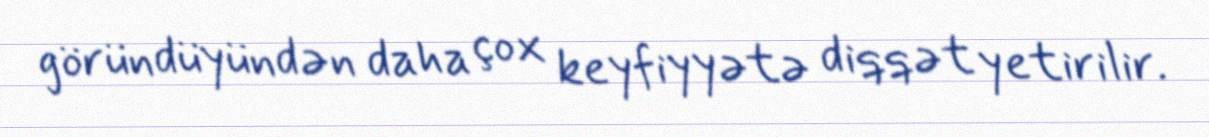
göründüyündən daha çox keyfiyyətə diqqət yetirilir.